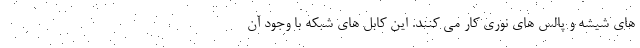
های شیشه و پالس های نوری کار می کنند. این کابل های شبکه با وجود آن